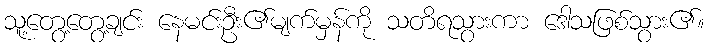
သူ့တွေ့တွေ့ချင်း နေမင်းဦး၏မျက်မှန်ကို သတိရသွားကာ ဒေါသဖြစ်သွား၏။